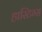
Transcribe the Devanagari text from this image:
हास्टिग्स